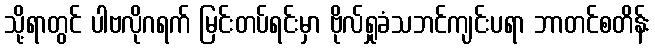
သို့ရာတွင် ပါဗလိုဂရက် မြင်းတပ်ရင်းမှာ ဗိုလ်ရှုခံသဘင်ကျင်းပရာ ဘာတင်စတိန်း